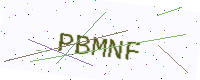
Text: PBMNF